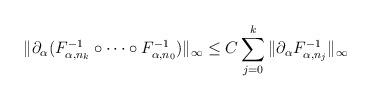
LaTeX: \begin{align*} \|\partial_{\alpha} (F_{\alpha,n_k}^{-1} \circ \dots \circ F_{\alpha,n_0}^{-1})\|_{\infty} \leq C \sum_{j=0}^k \|\partial_{\alpha} F_{\alpha,n_j}^{-1}\|_{\infty}\end{align*}